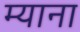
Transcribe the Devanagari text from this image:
म्याना